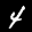
Label: 4